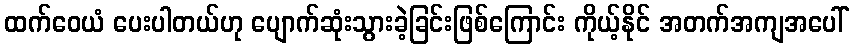
ထက်ဝေယံ ပေးပါတယ်ဟု ပျောက်ဆုံးသွားခဲ့ခြင်းဖြစ်ကြောင်း ကိုယ့်နိုင် အတက်အကျအပေါ်